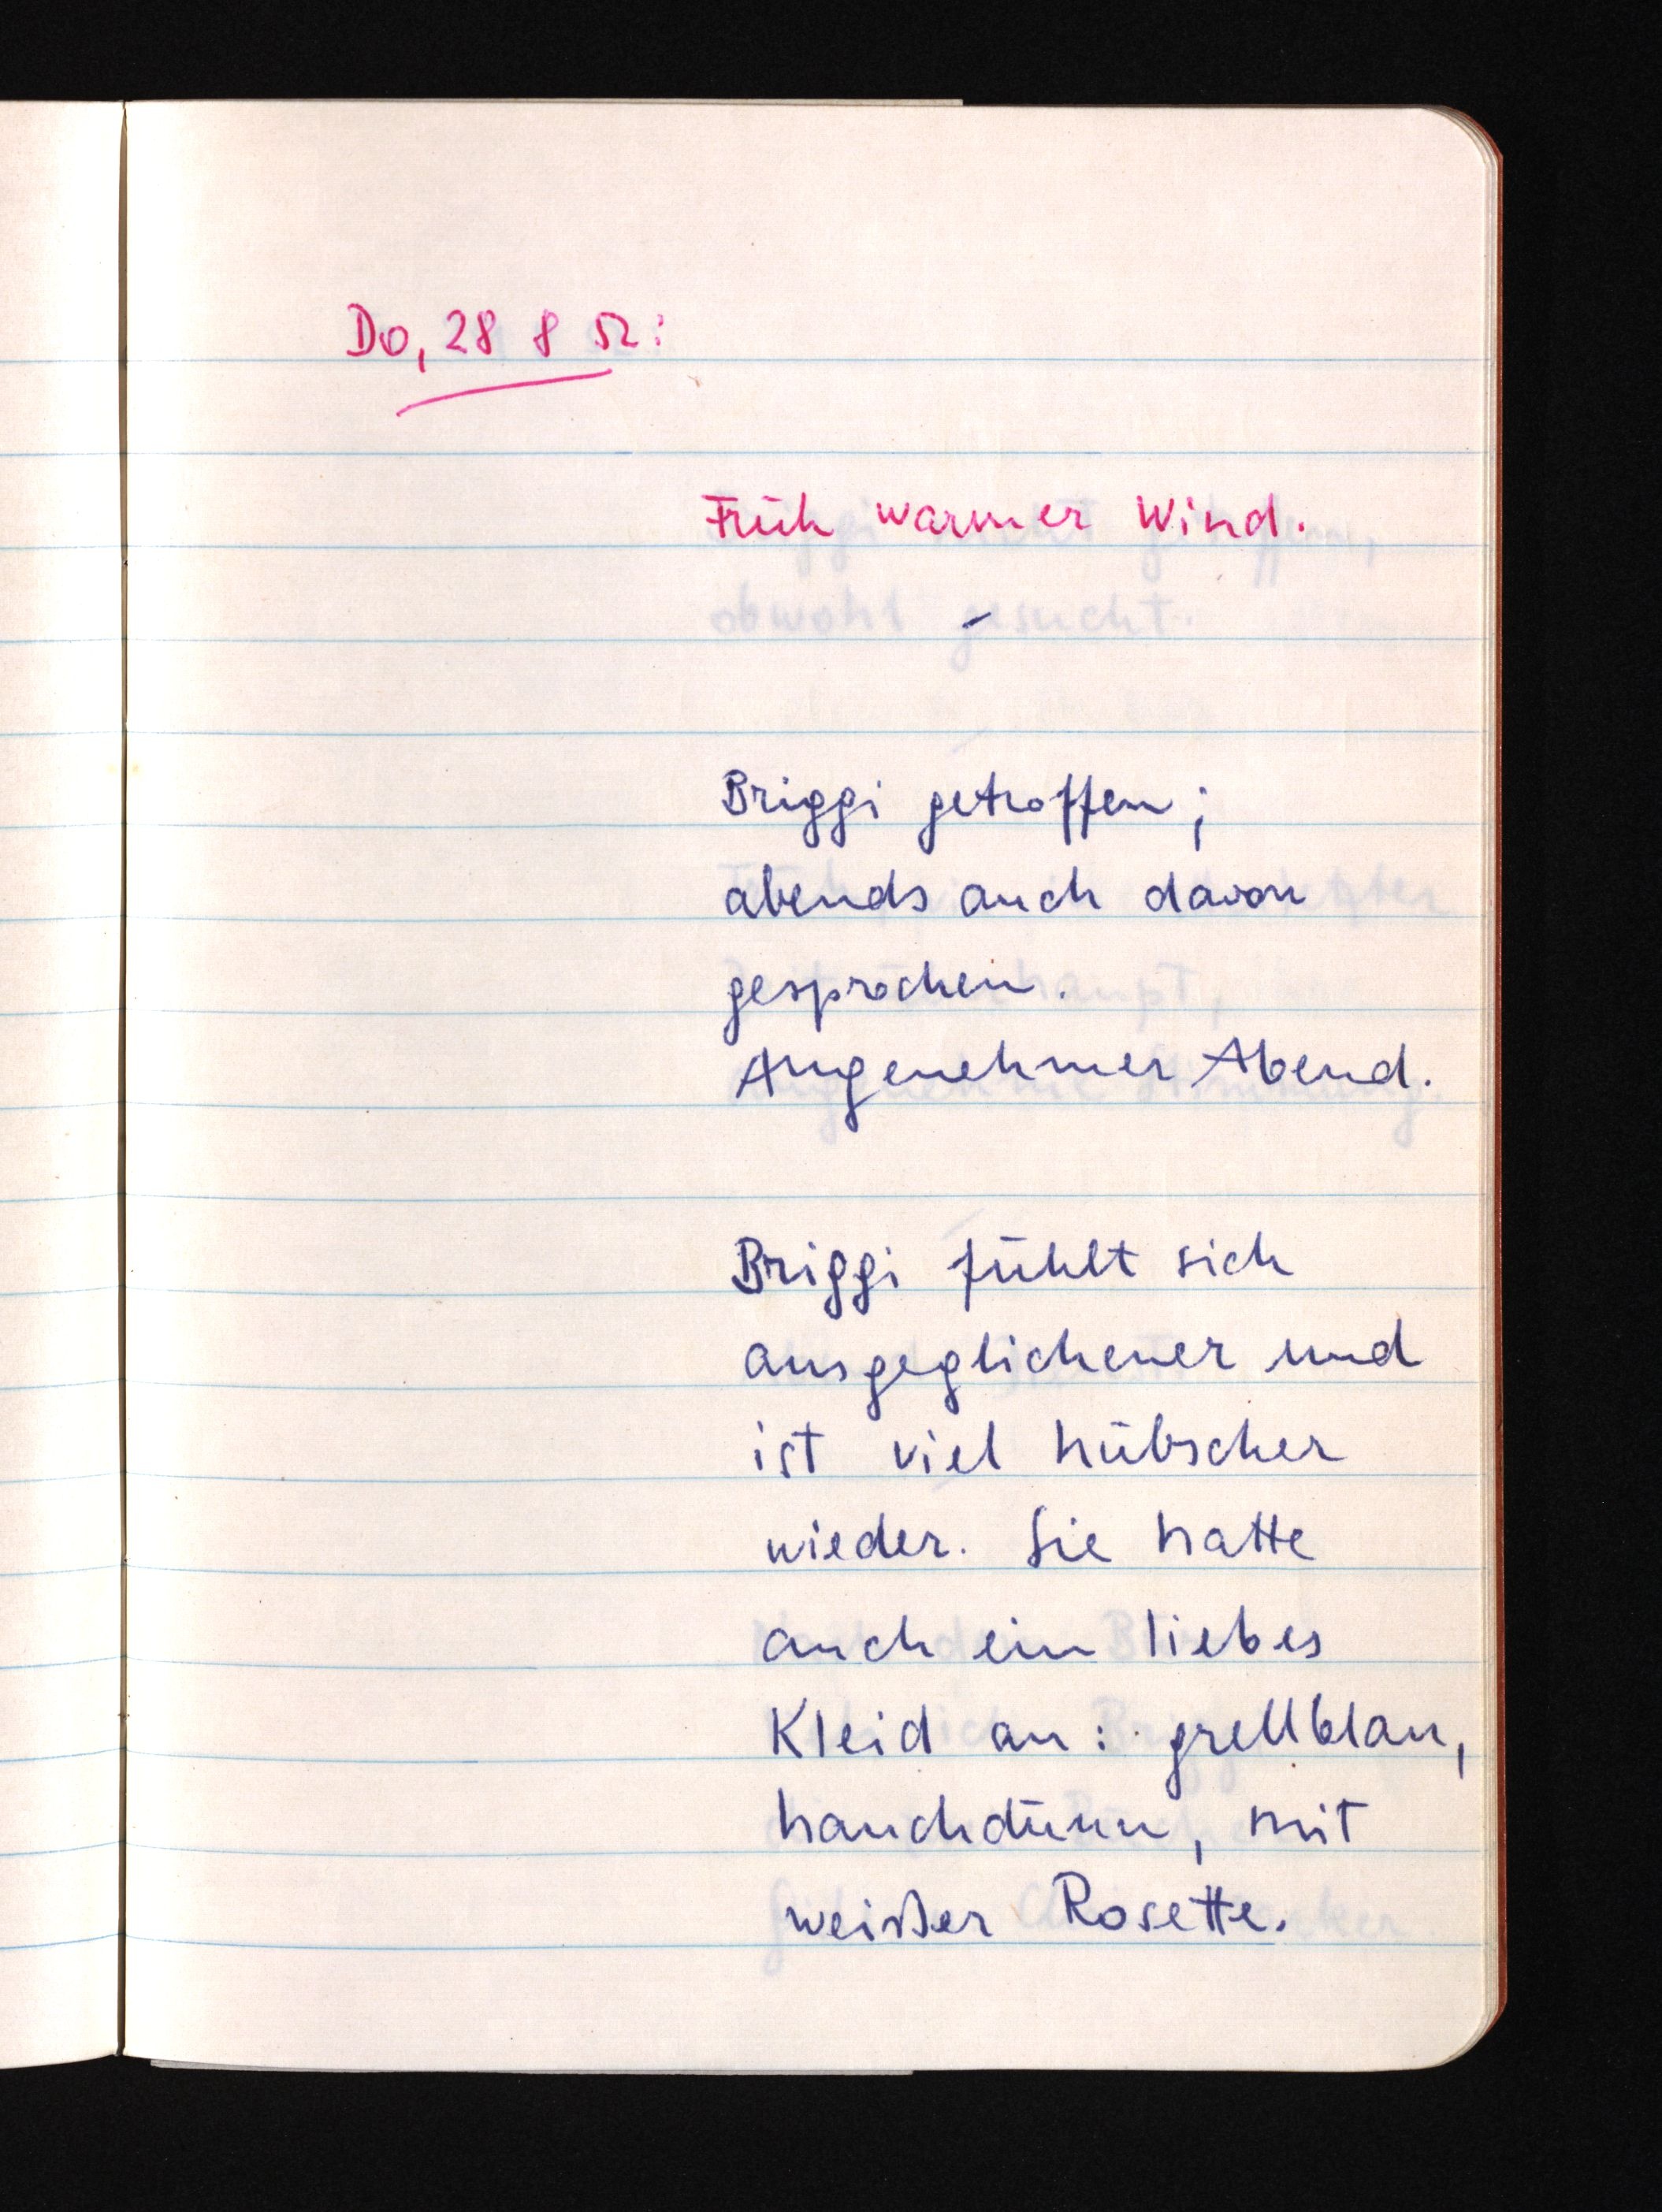
Do, 28 8 52:
Früh warmer Wind.
Briggi getroffen;
abends auch davon
gesprochen.
Angenehmer Abend.
Briggi fühlt sich
ausgeglichener und
ist viel hübscher
wieder. Sie hatte
auch ein liebes
Kleid an: grellblau,
hauchdünn, mit
weißer Rosette.